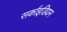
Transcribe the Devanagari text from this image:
सर्काइडियन